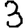
Digit: 3